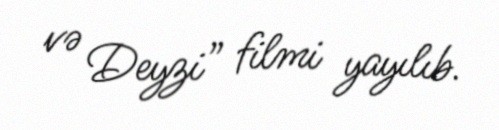
və Deyzi” filmi yayılıb.